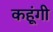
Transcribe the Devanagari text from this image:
कहूंगी